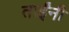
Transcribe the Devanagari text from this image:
ताईंनी